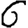
Digit: 6